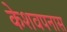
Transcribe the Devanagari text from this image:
केशवपनास